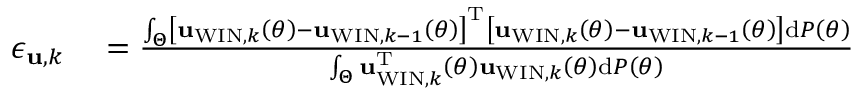
\begin{array} { r l } { { \epsilon _ { { \bf u } , k } } } & { { } = \frac { \int _ { \Theta } \left[ { { { \bf { u } } _ { \mathrm { W I N } , k } } \left( { \theta } \right) - { { \bf { u } } _ { \mathrm { W I N } , k - 1 } } \left( { \theta } \right) } \right] ^ { \mathrm { T } } \left[ { { { \bf { u } } _ { \mathrm { W I N } , k } } \left( { \theta } \right) - { { \bf { u } } _ { \mathrm { W I N } , k - 1 } } \left( { \theta } \right) } \right] \mathrm { d } { \cal P } \left( \theta \right) } { \int _ { \Theta } { { \bf { u } } _ { \mathrm { W I N } , k } ^ { \mathrm { T } } } \left( { \theta } \right) { { \bf { u } } _ { \mathrm { W I N } , k } } \left( { \theta } \right) \mathrm { d } { \cal P } \left( \theta \right) } } \end{array}